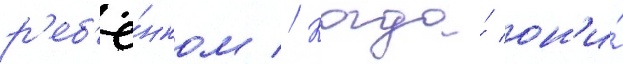
р'еб'ё́нком // Когда́ он'и́